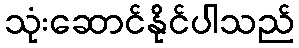
သုံးဆောင်နိုင်ပါသည်